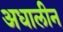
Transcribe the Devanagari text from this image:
अधालीन